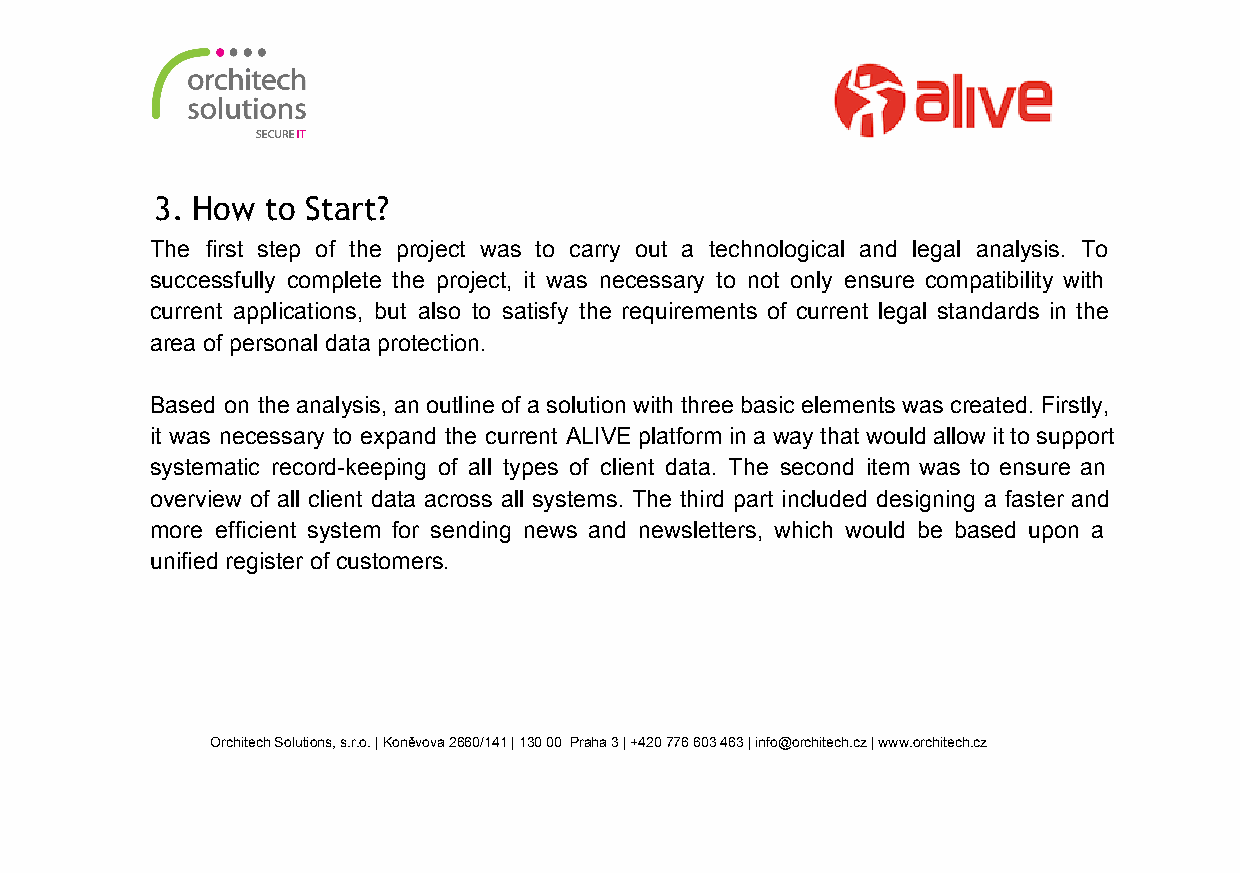
3. How  to Start?
 The first step of the project was to carry out a technological and legal analysis. To
 successfully complete the project, it was necessary to not only ensure compatibility with
 current applications, but also to satisfy the requirements of current legal standards in the
 area of personal data protection.
 Based on the analysis, an outline of a solution with three basic elements was created. Firstly,
 it was necessary to expand the current ALIVE platform in a way that would allow it to support
 systematic record­keeping of all types of client data. The second item was to ensure an
 overview of all client data across all systems. The third part included designing a faster and
 more efficient system for sending news and newsletters, which would be based upon a
 unified register of customers.
 Orchitech Solutions, s.r.o. | Koněvova 2660/141 | 130 00 Praha 3 | +420 776 603 463 | info@orchitech.cz | www.orchitech.cz